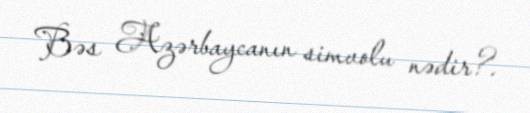
Bəs Azərbaycanın simvolu nədir?.